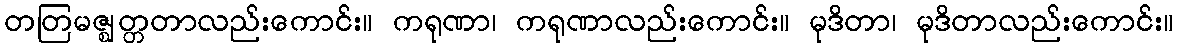
တတြမဇ္ဈတ္တတာလည်းကောင်း။ ကရုဏာ၊ ကရုဏာလည်းကောင်း။ မုဒိတာ၊ မုဒိတာလည်းကောင်း။